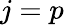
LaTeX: j=p